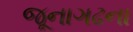
જૂનાગઢના